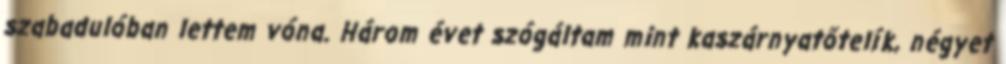
szabadulóban lettem vóna. Három évet szógáltam mint kaszárnyatőtelík, négyet